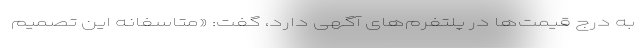
به درج قیمت‌ها در پلتفرم‌های آگهی دارد، گفت: «متاسفانه این تصمیم